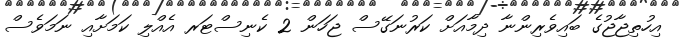
އިހުތިޖާޖުގެ ބައިވެރިންނާ ދިމާއަށް ކަރުނަގޭސް ޖަހަން 2 ކެނިސްޓަރ އެއްލި ކަމަށާއި ނަމަވެސް